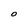
Character: 0